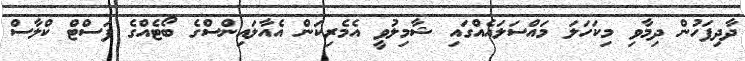
ދާދިފަހުން ދިމާވި މިކަހަލަ މައްސަލައެއްގައި ޝާމިލުވީ އެމެރިކަން އެއާލައިންސްގެ ބޯޓެއްގެ ފަސްޓް ކްލާސް